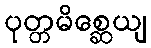
ပုတ္တမိစ္ဆေယျ